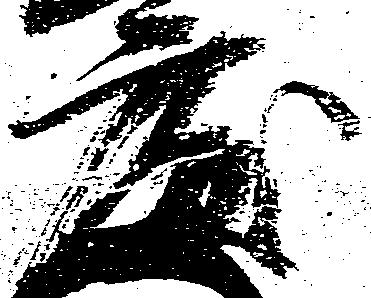
慶